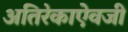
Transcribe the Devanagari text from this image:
अतिरेकाऐवजी